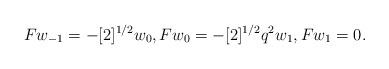
LaTeX: \begin{align*}F w_{-1} = - [2]^{1/2} w_0, F w_0 = - [2]^{1/2} q^2 w_1, F w_1 = 0.\end{align*}